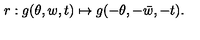
r : g ( \theta , w , t ) \mapsto g ( - \theta , - \bar { w } , - t ) .